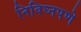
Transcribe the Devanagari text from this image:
निविघ्नपणे